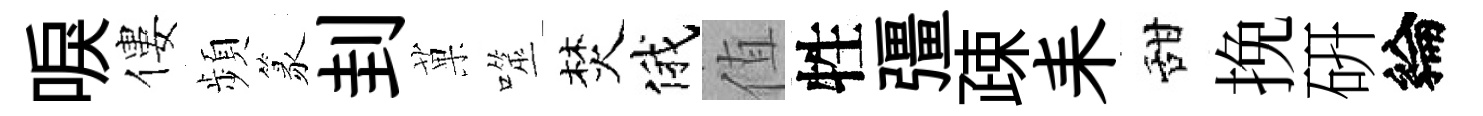
唳僂頻篆刲菓噬焚俄值牲彊疎耒甜挽硏綸